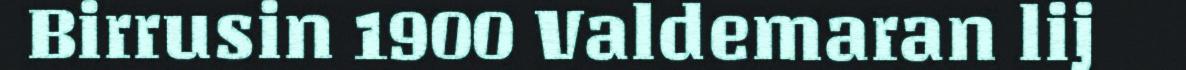
Birrusin 1900 Valdemaran lij